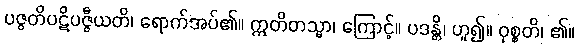
ပဇ္ဇတိပဋိပဇ္ဇီယတိ၊ ရောက်အပ်၏။ ဣတိတသ္မာ၊ ကြောင့်။ ပဒန္တိ၊ ဟူ၍။ ဝုစ္စတိ၊ ၏။